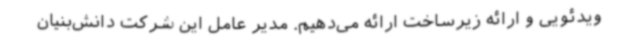
ویدئویی و ارائه زیرساخت ارائه می‌دهیم. مدیر عامل این شرکت دانش‌بنیان